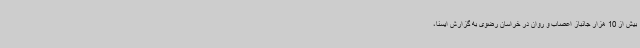
بیش از 10 هزار جانباز اعصاب و روان در خراسان رضوی به گزارش ایسنا،